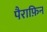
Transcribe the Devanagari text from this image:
पैराफ़िन